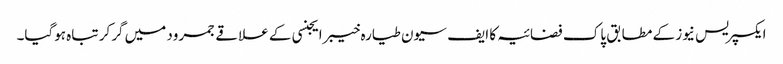
ایکسپریس نیوز کے مطابق پاک فضائیہ کا ایف سیون طیارہ خیبرایجنسی کے علاقے جمرود میں گرکر تباہ ہوگیا۔